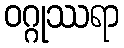
ဝဂ္ဂုဿရာ